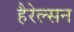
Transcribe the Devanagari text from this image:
हैरेल्सन